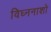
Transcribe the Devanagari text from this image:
विघ्ननाशो